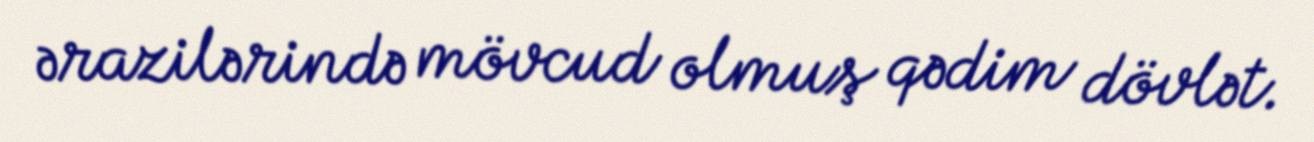
ərazilərində mövcud olmuş qədim dövlət.